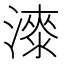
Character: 𣾰